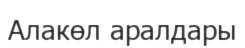
Алакөл аралдары